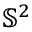
\mathbb { S } ^ { 2 }